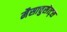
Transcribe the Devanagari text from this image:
मैसाचुसेत्ट्स